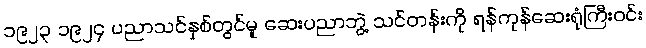
၁၉၂၃ ၁၉၂၄ ပညာသင်နှစ်တွင်မူ ဆေးပညာဘွဲ့ သင်တန်းကို ရန်ကုန်ဆေးရုံကြီးဝင်း